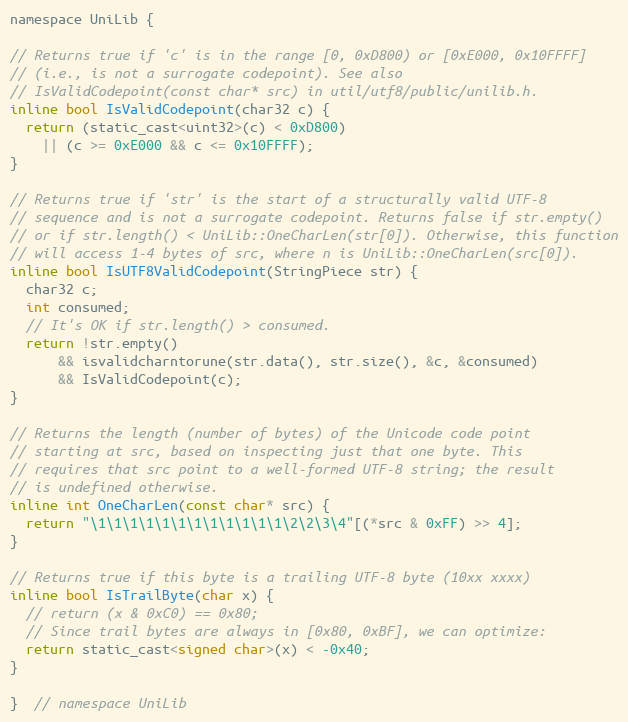
Language: C
namespace UniLib {

// Returns true if 'c' is in the range [0, 0xD800) or [0xE000, 0x10FFFF]
// (i.e., is not a surrogate codepoint). See also
// IsValidCodepoint(const char* src) in util/utf8/public/unilib.h.
inline bool IsValidCodepoint(char32 c) {
  return (static_cast<uint32>(c) < 0xD800)
    || (c >= 0xE000 && c <= 0x10FFFF);
}

// Returns true if 'str' is the start of a structurally valid UTF-8
// sequence and is not a surrogate codepoint. Returns false if str.empty()
// or if str.length() < UniLib::OneCharLen(str[0]). Otherwise, this function
// will access 1-4 bytes of src, where n is UniLib::OneCharLen(src[0]).
inline bool IsUTF8ValidCodepoint(StringPiece str) {
  char32 c;
  int consumed;
  // It's OK if str.length() > consumed.
  return !str.empty()
      && isvalidcharntorune(str.data(), str.size(), &c, &consumed)
      && IsValidCodepoint(c);
}

// Returns the length (number of bytes) of the Unicode code point
// starting at src, based on inspecting just that one byte. This
// requires that src point to a well-formed UTF-8 string; the result
// is undefined otherwise.
inline int OneCharLen(const char* src) {
  return "\1\1\1\1\1\1\1\1\1\1\1\1\2\2\3\4"[(*src & 0xFF) >> 4];
}

// Returns true if this byte is a trailing UTF-8 byte (10xx xxxx)
inline bool IsTrailByte(char x) {
  // return (x & 0xC0) == 0x80;
  // Since trail bytes are always in [0x80, 0xBF], we can optimize:
  return static_cast<signed char>(x) < -0x40;
}

}  // namespace UniLib